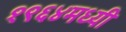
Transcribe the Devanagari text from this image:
१९६४मध्यी